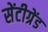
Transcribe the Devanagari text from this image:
सेंटीग्रेंड